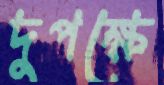
দুপক্ষে